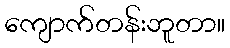
ကျောက်တန်းဘူတာ။